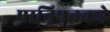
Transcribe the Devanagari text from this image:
पानिपतकडे